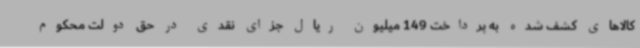
کالاهای کشف شده به پرداخت 149 میلیون ریال جزای نقدی در حق دولت محکوم